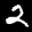
Label: 2